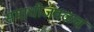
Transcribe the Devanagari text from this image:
समाधीजवळच